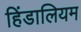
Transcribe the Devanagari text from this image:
हिंडालियम